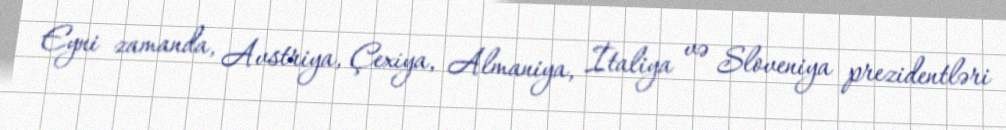
Eyni zamanda, Avstriya, Çexiya, Almaniya, İtaliya və Sloveniya prezidentləri